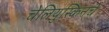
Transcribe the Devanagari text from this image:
चेलियुस्किनचे